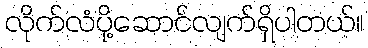
လိုက်လံပို့ဆောင်လျက်ရှိပါတယ်။